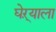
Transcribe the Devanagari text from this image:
घेऱ्याला